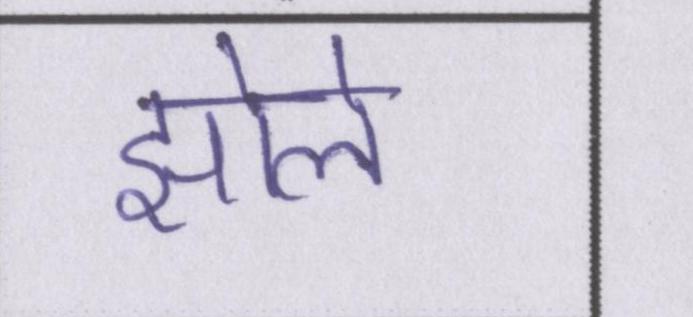
झोले